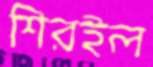
শিরইল